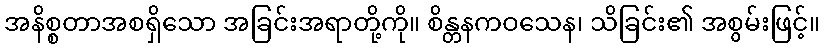
အနိစ္စတာအစရှိသော အခြင်းအရာတို့ကို။ စိန္တနကဝသေန၊ သိခြင်း၏ အစွမ်းဖြင့်။